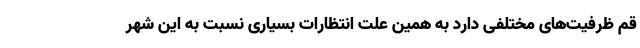
قم ظرفیت‌های مختلفی دارد به همین علت انتظارات بسیاری نسبت به این شهر